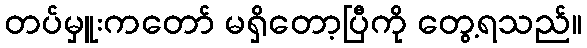
တပ်မှူးကတော် မရှိတော့ပြီကို တွေ့ရသည်။